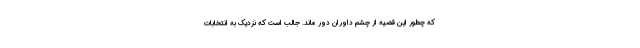
که چطور این قضیه از چشم داوران دور ماند. جالب است که نزدیک به انتخابات